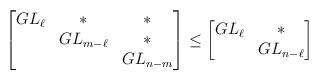
LaTeX: \begin{align*}\begin{bmatrix}GL_\ell & * & * \\& GL_{m-\ell} & * \\& & GL_{n-m}\end{bmatrix}\leq \begin{bmatrix}GL_{\ell} & * \\ & GL_{n-\ell} \end{bmatrix}\end{align*}